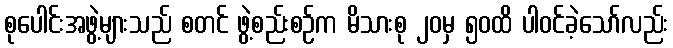
စုပေါင်းအဖွဲ့များသည် စတင် ဖွဲ့စည်းစဉ်က မိသားစု ၂၀မှ ၅၀ထိ ပါဝင်ခဲ့သော်လည်း